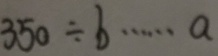
3 5 0 \div b \cdots a